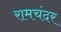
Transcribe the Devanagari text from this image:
रामचंदर